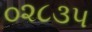
૦૨૮૩૫